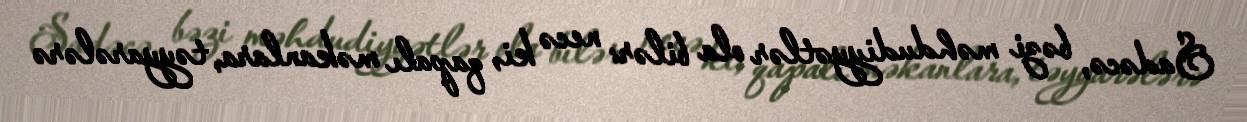
Sadəcə, bəzi məhdudiyyətlər ola bilər: necə ki, qapalı məkanlara, təyyarələrə